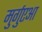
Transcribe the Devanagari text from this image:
मुर्गुएआ